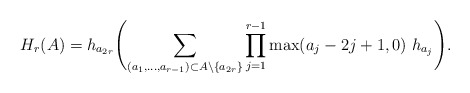
\begin{gather*} H_{r}(A)= h_{a_{2r}} \Biggl( \sum_{(a_1,\ldots,a_{r-1}) \subset A {\setminus} \{a_{2r} \}} \prod_{j=1}^{r-1} \max(a_j-2j+1,0)~h_{a_{j}} \Biggr).\end{gather*}